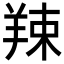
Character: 𦎏